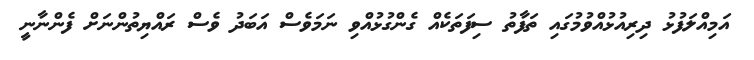
އަމިއްލަފުޅު ދިރިއުޅުއްވުމުގައި ތަފާތު ސިފަތަކެއް ގެންގުޅުއްވި ނަމަވެސް އަބަދު ވެސް ރައްޔިތުންނަށް ފެންނާނީ